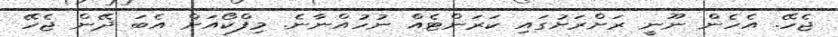
ޖެހޭ. އެހެން ނޫނީ ރަށްރަށުގައި ކަރަންޓެއް ނުހުއްނާނެ. މިފްކޯއަށް އެބަ ދޭން ޖެހޭ